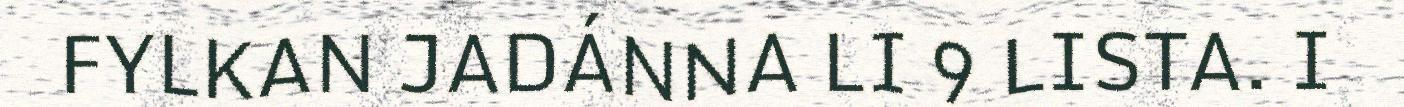
FYLKAN JADÁNNA LI 9 LISTA. I